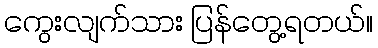
ကွေးလျက်သား ပြန်တွေ့ရတယ်။